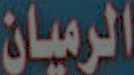
الرميان